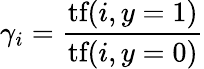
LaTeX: \gamma_{i}=\frac{\textrm{tf}(i,y=1)}{\textrm{tf}(i,y=0)}